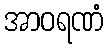
အာဝရဏံ